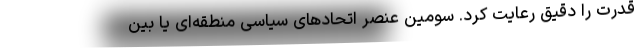
قدرت را دقیق رعایت کرد. سومین عنصر اتحادهای سیاسی منطقه‌ای یا بین